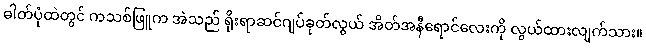
ဓါတ်ပုံထဲတွင် ကသစ်ဖြူက အဲသည် ရိုးရာဆင်ဂျပ်ခုတ်လွယ် အိတ်အနီရောင်လေးကို လွယ်ထားလျက်သား။